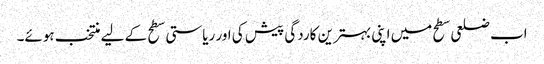
اب ضلعی سطح میں اپنی بہترین کاردگی پیش کی اور ریاستی سطح کے لیے منتخب ہوئے۔